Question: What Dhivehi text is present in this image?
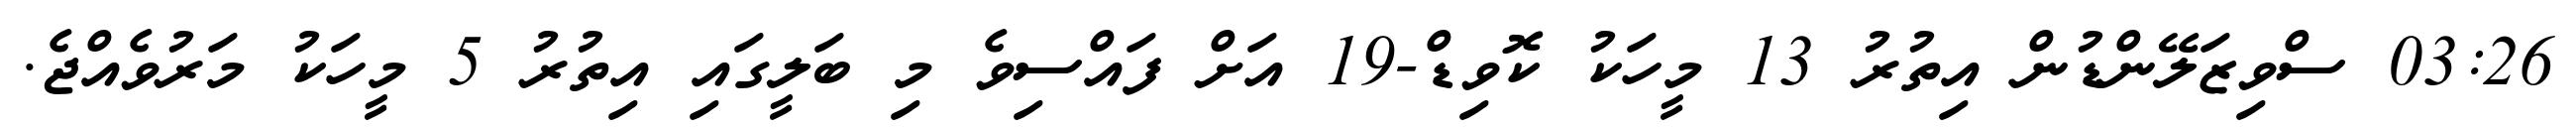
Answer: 03:26 ސްވިޒަލޭންޑުން އިތުރު 13 މީހަކު ކޮވިޑް-19 އަށް ފައްސިވެ މި ބަލީގައި އިތުރު 5 މީހަކު މަރުވެއްޖެ.